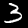
Label: 3